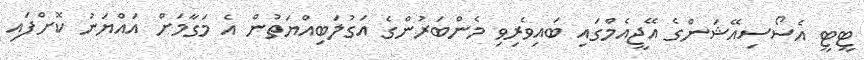
ޓީޓީ އެސޯސިއޭޝަންގެ އޭޖީއެމްގައި ބައިވެރިވި މެންބަރުންގެ އަގުލަބިއްޔަތުން އެ މަގާމަށް އައްޔަނު ކޮށްފައި